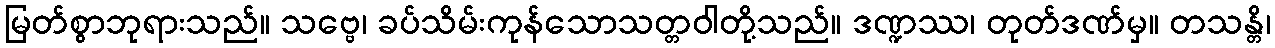
မြတ်စွာဘုရားသည်။ သဗ္ဗေ၊ ခပ်သိမ်းကုန်သောသတ္တဝါတို့သည်။ ဒဏ္ဍဿ၊ တုတ်ဒဏ်မှ။ တသန္တိ၊